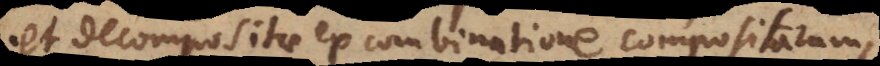
et decompositae ex combinatione compositarum,